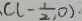
c ( - \frac { 1 } { 2 } , 0 ) \cdot